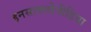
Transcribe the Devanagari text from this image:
इनसाक्लोपीडिया